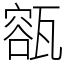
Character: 㼸